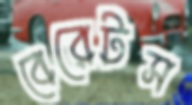
বেরেটস